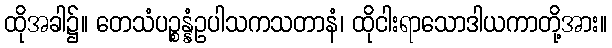
ထိုအခါ၌။ တေသံပဉ္စန္နံဥပါသကသတာနံ၊ ထိုငါးရာသောဒါယကာတို့အား။